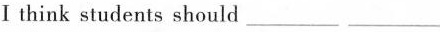
Ⅰ think students should ___ ___